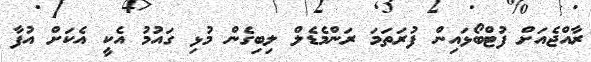
ރާއްޖެއަށް ފުޓްބޯޅައިން ފުރަތަމަ ރަންމެޑެލް ލިބިގެން މުޅި ގައުމު އެކީ އެކަށް އުފާ